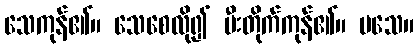
သေကုန်၏။ သေစေလို၍ မီးတိုက်ကုန်၏။ မသေ။